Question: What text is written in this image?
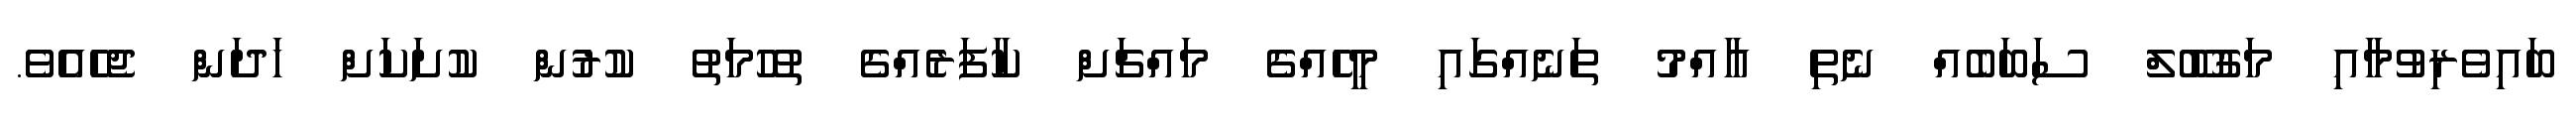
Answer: ބައިވެރިވުމާއި މަގުބޫލް ސަބަބެއް ނެތި ޢާއްމު ތަނެއްގައި މީހެއްގެ މައްޗަށް ކާފަރެއްގެ ތުހުމަތު ކުރުން ކުށަކަށް ހަދަން ޖެހެއެވެ.